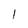
Character: l